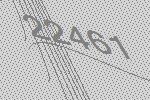
22461